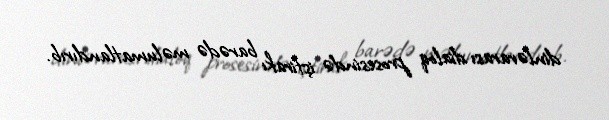
dinlərarası dialoq prosesində iştirakı barədə məlumatlandırıb.